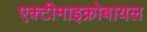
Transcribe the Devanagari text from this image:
एक्टीमाइक्रोबायल